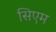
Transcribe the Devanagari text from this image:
सिएम